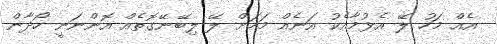
އެއް މަހު ލޭ އެޅުމާއެކު އަނެއް މަހަށް ލޭ ލިބޭނޭގޮތެއް އޮންނަނީ ހޯދާން